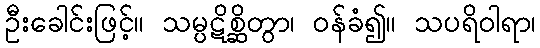
ဦးခေါင်းဖြင့်။ သမ္ပဋိစ္ဆိတွာ၊ ဝန်ခံ၍။ သပရိဝါရာ၊